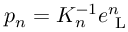
p _ { n } = K _ { n } ^ { - 1 } e _ { \mathrm { ~ L ~ } } ^ { n }